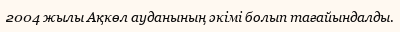
2004 жылы Ақкөл ауданының әкімі болып тағайындалды.